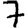
Digit: 7